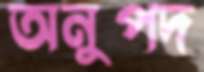
অনুপদ